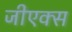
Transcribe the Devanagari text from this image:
जीएक्स